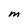
Character: M